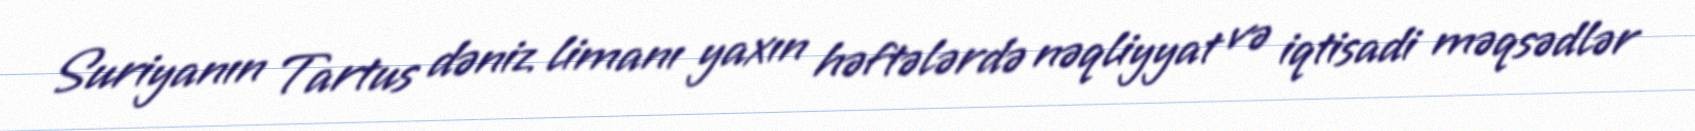
Suriyanın Tartus dəniz limanı yaxın həftələrdə nəqliyyat və iqtisadi məqsədlər